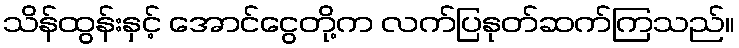
သိန်ထွန်းနှင့် အောင်ငွေတို့က လက်ပြနုတ်ဆက်ကြသည်။